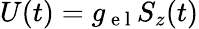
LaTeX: U(t)=g_{\mathrm{~e~l~}}S_{z}(t)